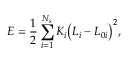
E = \frac { 1 } { 2 } \sum _ { i = 1 } ^ { N _ { s } } { K _ { i } \big ( L _ { i } - L _ { 0 i } \big ) ^ { 2 } } ,